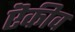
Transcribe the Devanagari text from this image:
ऎकीव